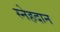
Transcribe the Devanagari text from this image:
स्नेहदान